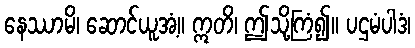
နေဿာမိ၊ ဆောင်ယူအံ့။ ဣတိ၊ ဤသို့ကြံ၍။ ပဌမံပါဒံ၊